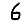
Digit: 6